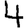
Digit: 4